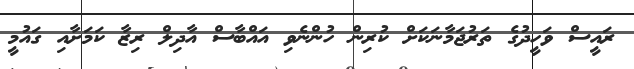
ރައީސް ވަހީދުގެ ތަރުޖަމާނަކަށް ކުރިން ހުންނެވި އައްބާސް އާދިލް ރިޒާ ކަމަށާއި ގައުމީ